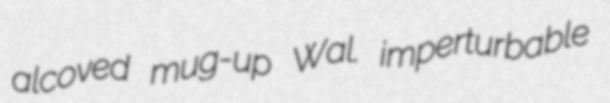
alcoved mug-up Wal. imperturbable